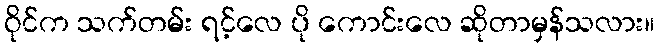
ဝိုင်က သက်တမ်း ရင့်လေ ပို ကောင်းလေ ဆိုတာမှန်သလား။